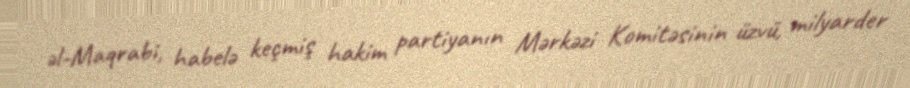
əl-Maqrabi, habelə keçmiş hakim partiyanın Mərkəzi Komitəsinin üzvü, milyarder